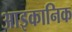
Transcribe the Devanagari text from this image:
आइकानिक